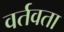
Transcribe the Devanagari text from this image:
वर्तवता